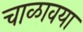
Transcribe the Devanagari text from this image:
चाळावया